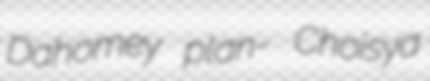
Dahomey plan- Choisya